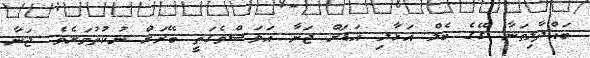
ބައްދާލިތަނާ ގޭގެ ބެލް އަޅާލި އަޑަށް ޖަނާ އަވަސްވެގަތީ ބޭރަށް ނުކުތުމަށެވެ. ޖަނާ